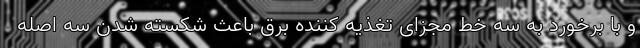
و با برخورد به سه خط مجزای تغذیه کننده برق باعث شکسته شدن سه اصله